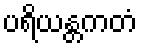
ပရိယန္တကတံ